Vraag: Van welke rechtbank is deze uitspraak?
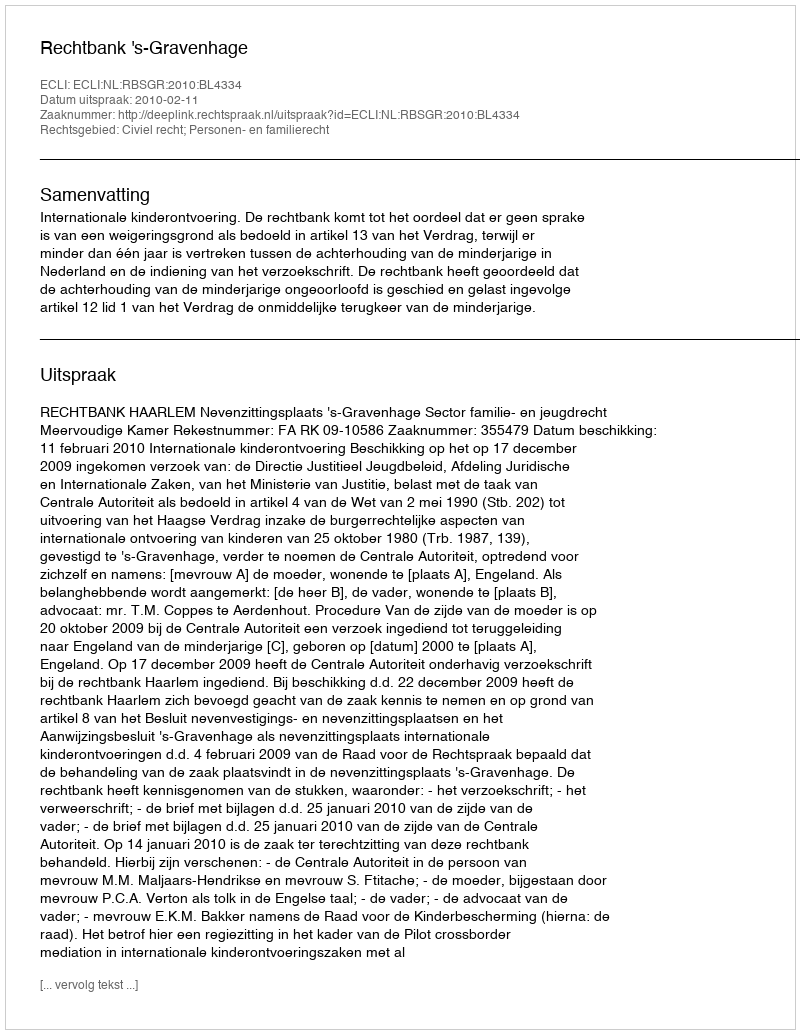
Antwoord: Rechtbank 's-Gravenhage